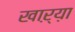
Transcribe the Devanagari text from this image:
खाऱ्य़ा